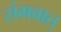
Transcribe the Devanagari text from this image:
संभवात्‌